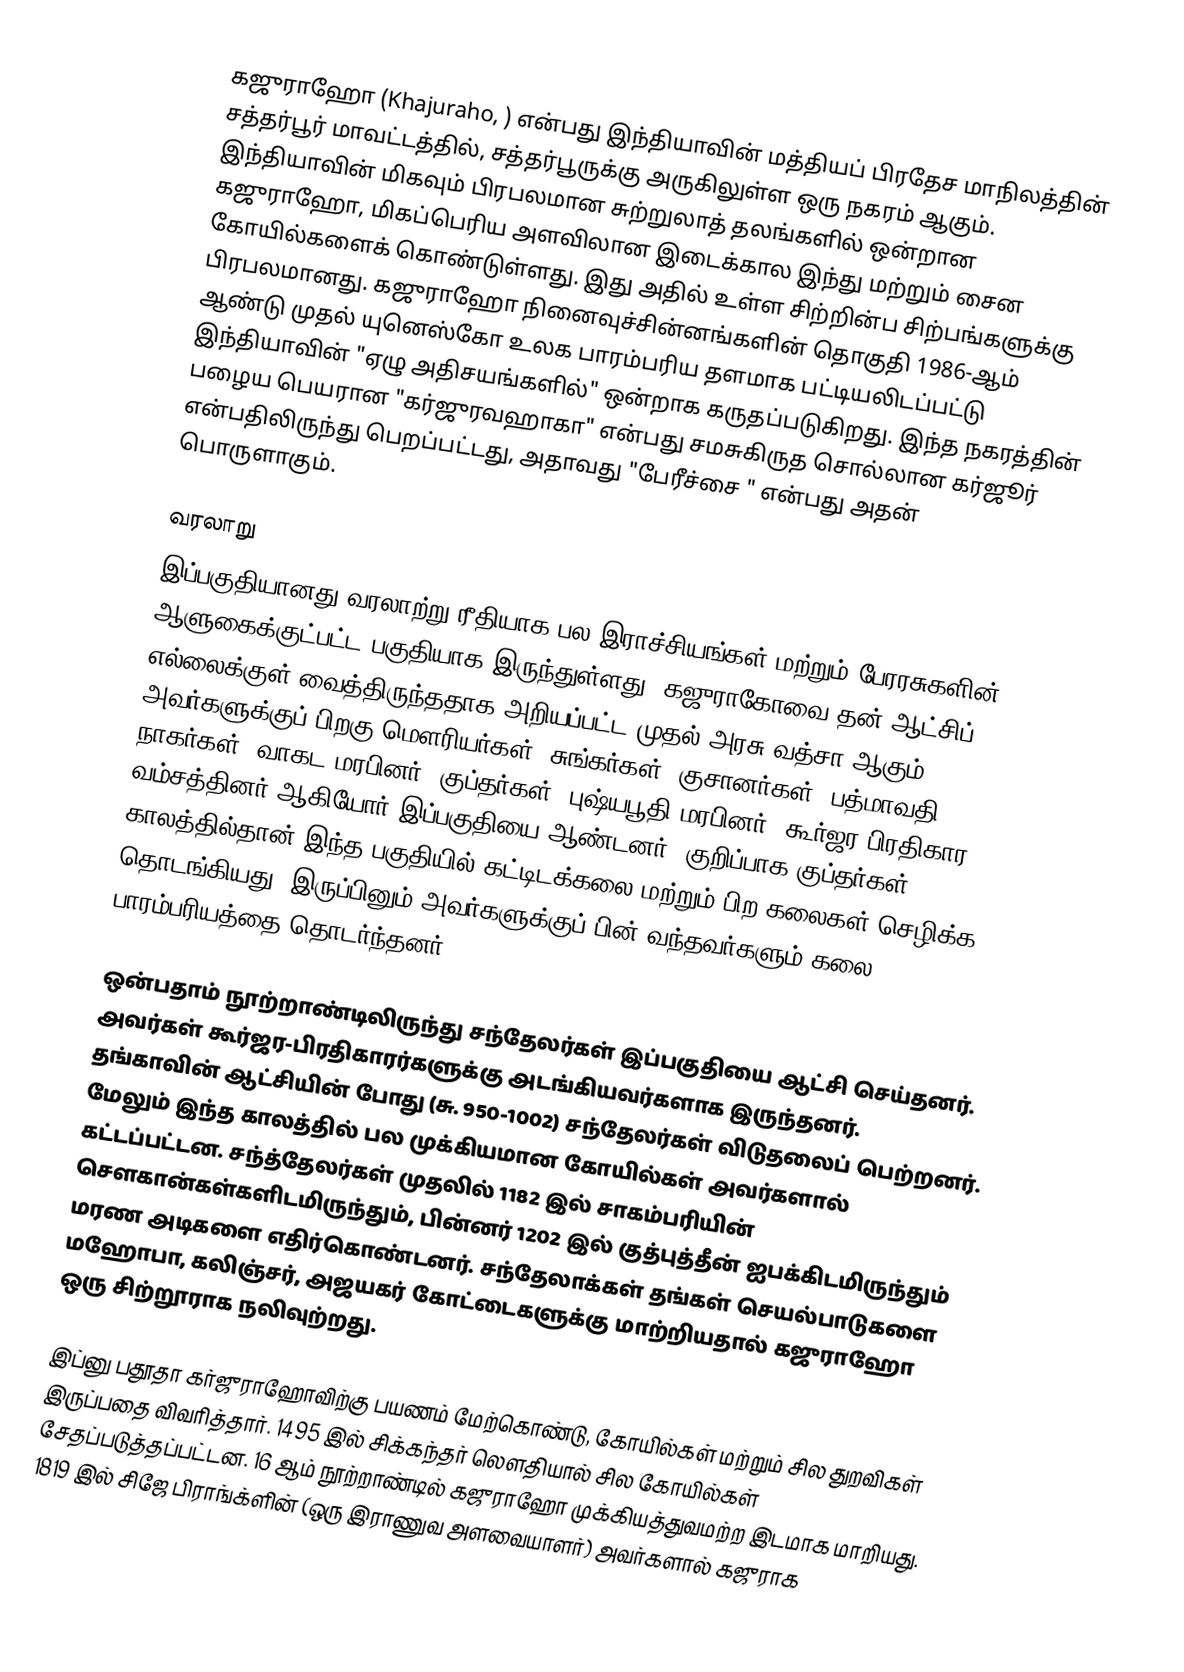
கஜுராஹோ (Khajuraho, ) என்பது இந்தியாவின் மத்தியப் பிரதேச மாநிலத்தின் சத்தர்பூர் மாவட்டத்தில், சத்தர்பூருக்கு அருகிலுள்ள ஒரு நகரம் ஆகும். இந்தியாவின் மிகவும் பிரபலமான சுற்றுலாத் தலங்களில் ஒன்றான கஜுராஹோ, மிகப்பெரிய அளவிலான இடைக்கால இந்து மற்றும் சைன கோயில்களைக் கொண்டுள்ளது. இது அதில் உள்ள சிற்றின்ப சிற்பங்களுக்கு பிரபலமானது. கஜுராஹோ நினைவுச்சின்னங்களின் தொகுதி 1986-ஆம் ஆண்டு முதல் யுனெஸ்கோ உலக பாரம்பரிய தளமாக பட்டியலிடப்பட்டு இந்தியாவின் "ஏழு அதிசயங்களில்" ஒன்றாக கருதப்படுகிறது. இந்த நகரத்தின் பழைய பெயரான "கர்ஜுரவஹாகா" என்பது சமசுகிருத சொல்லான கர்ஜூர் என்பதிலிருந்து பெறப்பட்டது, அதாவது "பேரீச்சை " என்பது அதன் பொருளாகும்.

வரலாறு
இப்பகுதியானது வரலாற்று ரீதியாக பல இராச்சியங்கள் மற்றும் பேரரசுகளின் ஆளுகைக்குட்பட்ட பகுதியாக இருந்துள்ளது. கஜுராகோவை தன் ஆட்சிப் எல்லைக்குள் வைத்திருந்ததாக அறியப்பட்ட முதல் அரசு வத்சா ஆகும். அவர்களுக்குப் பிறகு மௌரியர்கள், சுங்கர்கள், குசானர்கள், பத்மாவதி நாகர்கள், வாகட மரபினர், குப்தர்கள், புஷ்யபூதி மரபினர், கூர்ஜர-பிரதிகார வம்சத்தினர் ஆகியோர் இப்பகுதியை ஆண்டனர். குறிப்பாக குப்தர்கள் காலத்தில்தான் இந்த பகுதியில் கட்டிடக்கலை மற்றும் பிற கலைகள் செழிக்க தொடங்கியது. இருப்பினும் அவர்களுக்குப் பின் வந்தவர்களும் கலை பாரம்பரியத்தை தொடர்ந்தனர்.

ஒன்பதாம் நூற்றாண்டிலிருந்து சந்தேலர்கள் இப்பகுதியை ஆட்சி செய்தனர். அவர்கள் கூர்ஜர-பிரதிகாரர்களுக்கு அடங்கியவர்களாக இருந்தனர். தங்காவின் ஆட்சியின் போது (சு. 950-1002) சந்தேலர்கள் விடுதலைப் பெற்றனர். மேலும் இந்த காலத்தில் பல முக்கியமான கோயில்கள் அவர்களால் கட்டப்பட்டன. சந்த்தேலர்கள் முதலில் 1182 இல் சாகம்பரியின் சௌகான்கள்களிடமிருந்தும், பின்னர் 1202 இல் குத்புத்தீன் ஐபக்கிடமிருந்தும் மரண அடிகளை எதிர்கொண்டனர். சந்தேலாக்கள் தங்கள் செயல்பாடுகளை மஹோபா, கலிஞ்சர், அஜயகர் கோட்டைகளுக்கு மாற்றியதால் கஜுராஹோ ஒரு சிற்றூராக நலிவுற்றது.

இப்னு பதூதா கர்ஜுராஹோவிற்கு பயணம் மேற்கொண்டு, கோயில்கள் மற்றும் சில துறவிகள் இருப்பதை விவரித்தார். 1495 இல் சிக்கந்தர் லௌதியால் சில கோயில்கள் சேதப்படுத்தப்பட்டன. 16 ஆம் நூற்றாண்டில் கஜுராஹோ  முக்கியத்துவமற்ற இடமாக மாறியது.  1819 இல் சிஜே பிராங்க்ளின் (ஒரு இராணுவ அளவையாளர்) அவர்களால் கஜுராக